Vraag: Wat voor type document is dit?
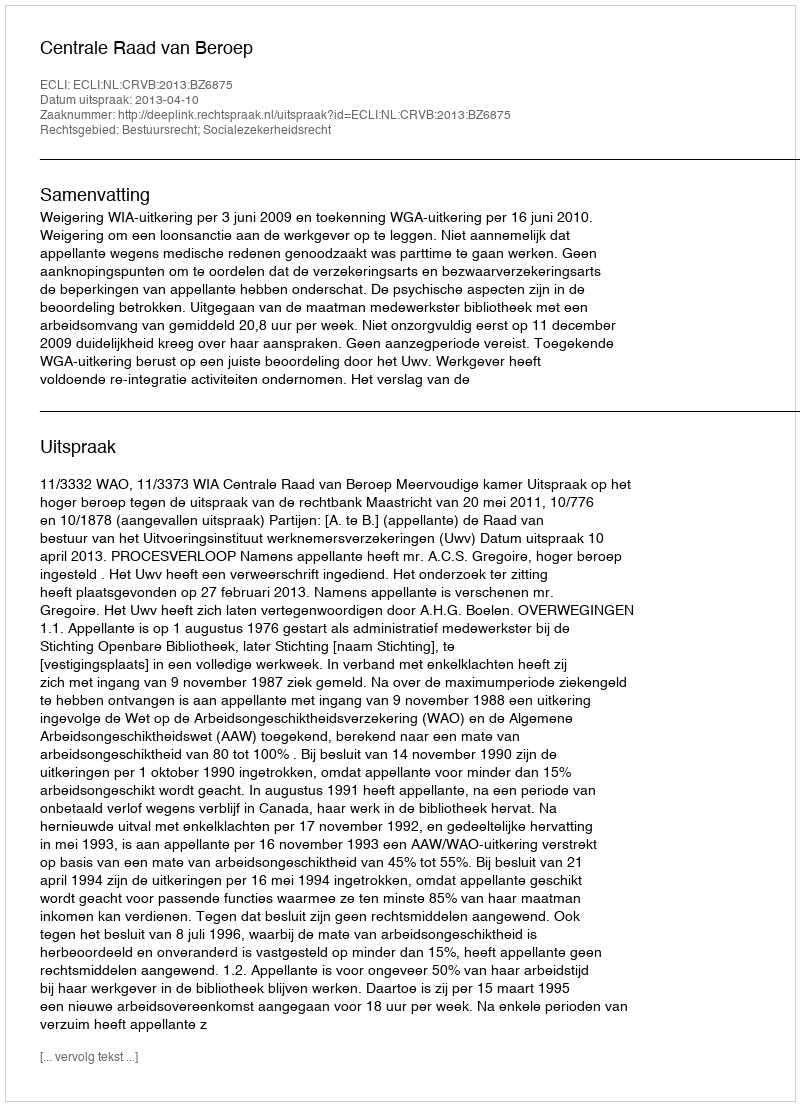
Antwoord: Uitspraak